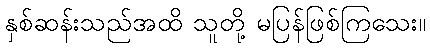
နှစ်ဆန်းသည်အထိ သူတို့ မပြန်ဖြစ်ကြသေး။